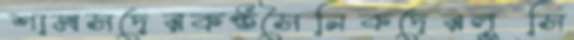
শামসদেরকণ্ঠসৈনিকদেরলুসি